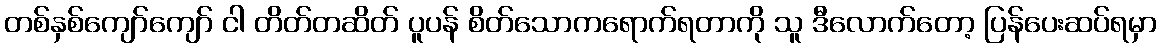
တစ်နှစ်ကျော်ကျော် ငါ တိတ်တဆိတ် ပူပန် စိတ်သောကရောက်ရတာကို သူ ဒီလောက်တော့ ပြန်ပေးဆပ်ရမှာ